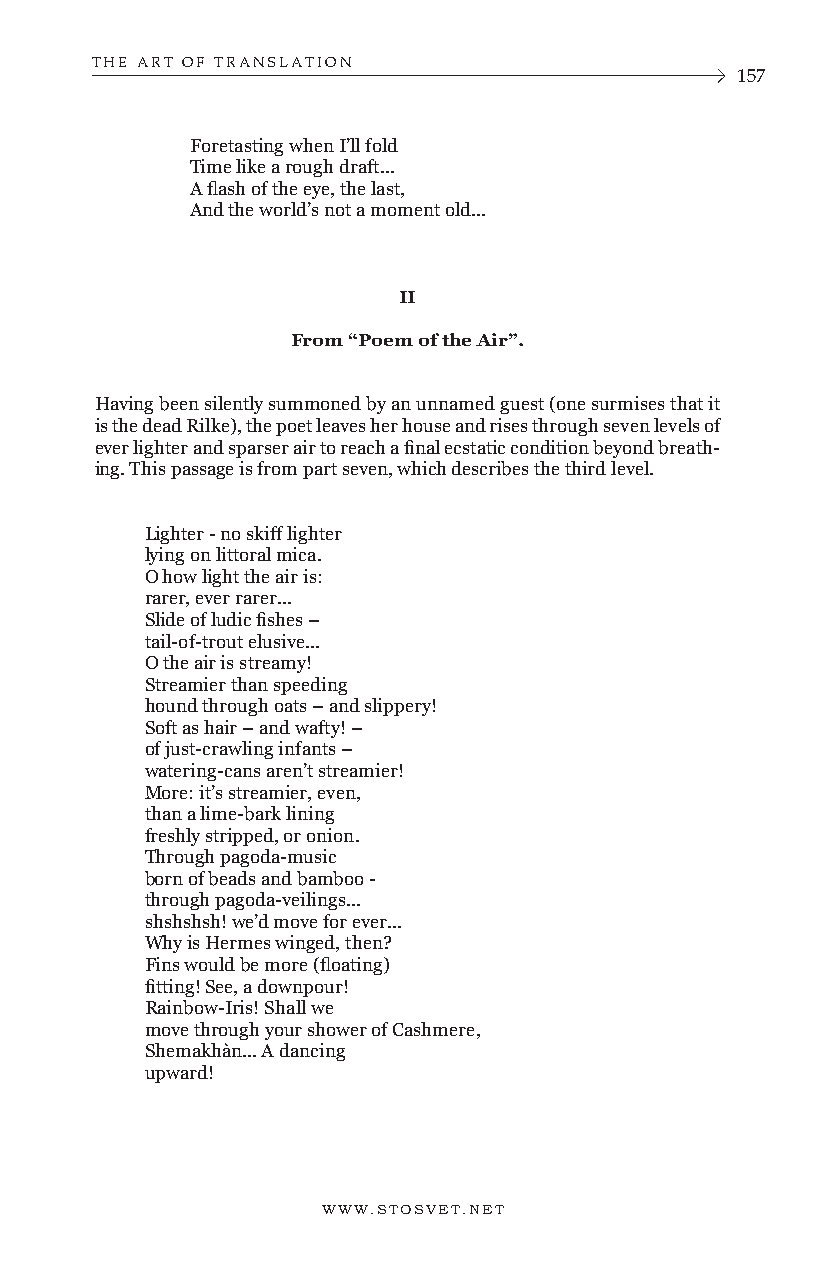
THE ART OF TRANSLATION
 157
 Foretasting when I’ll fold
 Time like a rough draft...
 A flash of the eye, the last,
 And the world’s not a moment old...
 II
 From “Poem of the Air”.
 Having been silently summoned by an unnamed guest (one surmises that it
 is the dead Rilke), the poet leaves her house and rises through seven levels of
 ever lighter and sparser air to reach a final ecstatic condition beyond breath-
 ing. This passage is from part seven, which describes the third level.
 Lighter - no skiff lighter
 lying on littoral mica.
 O how light the air is:
 rarer, ever rarer...
 Slide of ludic fishes –
 tail-of-trout elusive...
 O the air is streamy!
 Streamier than speeding
 hound through oats – and slippery!
 Soft as hair – and wafty! –
 of just-crawling infants –
 watering-cans aren’t streamier!
 More: it’s streamier, even,
 than a lime-bark lining
 freshly stripped, or onion.
 Through pagoda-music
 born of beads and bamboo -
 through pagoda-veilings...
 shshshsh! we’d move for ever...
 Why is Hermes winged, then?
 Fins would be more (floating)
 fitting! See, a downpour!
 Rainbow-Iris! Shall we
 move through your shower of Cashmere,
 Shemakhàn... A dancing
 upward!
 WWW.STOSVET.NET      WWW.STOSVET.NET